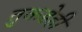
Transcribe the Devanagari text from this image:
तुकडेही